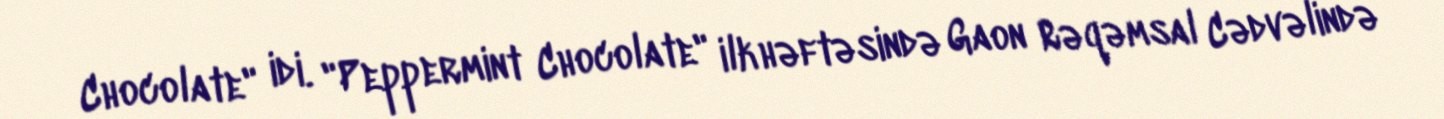
Chocolate" idi. "Peppermint Chocolate" ilk həftəsində Gaon Rəqəmsal Cədvəlində